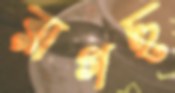
রাগছ